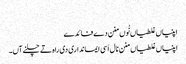
‏
اپنیاں غلطیاں نُوں منن دے فائدے
اپنیاں غلطیاں منن نال اَسی ایمانداری دی راہ تے چلنے آں۔